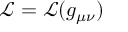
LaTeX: { \mathcal { L } } = { \mathcal { L } } ( g _ { \mu \nu } )